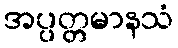
အပ္ပတ္တမာနသံ